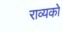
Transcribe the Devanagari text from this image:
राव्यको